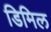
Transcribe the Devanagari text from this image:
डिमिल